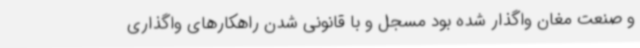
و صنعت مغان واگذار شده بود مسجل و با قانونی شدن راهکارهای واگذاری